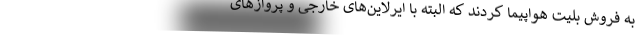
به فروش بلیت هواپیما کردند که البته با ایرلاین‌های خارجی و پروازهای